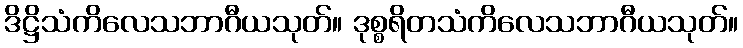
ဒိဋ္ဌိသံကိလေသဘာဂီယသုတ်။ ဒုစ္စရိတသံကိလေသဘာဂီယသုတ်။